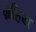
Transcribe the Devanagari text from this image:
ग्रहिय